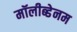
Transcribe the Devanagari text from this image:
मॉलीब्डेनम